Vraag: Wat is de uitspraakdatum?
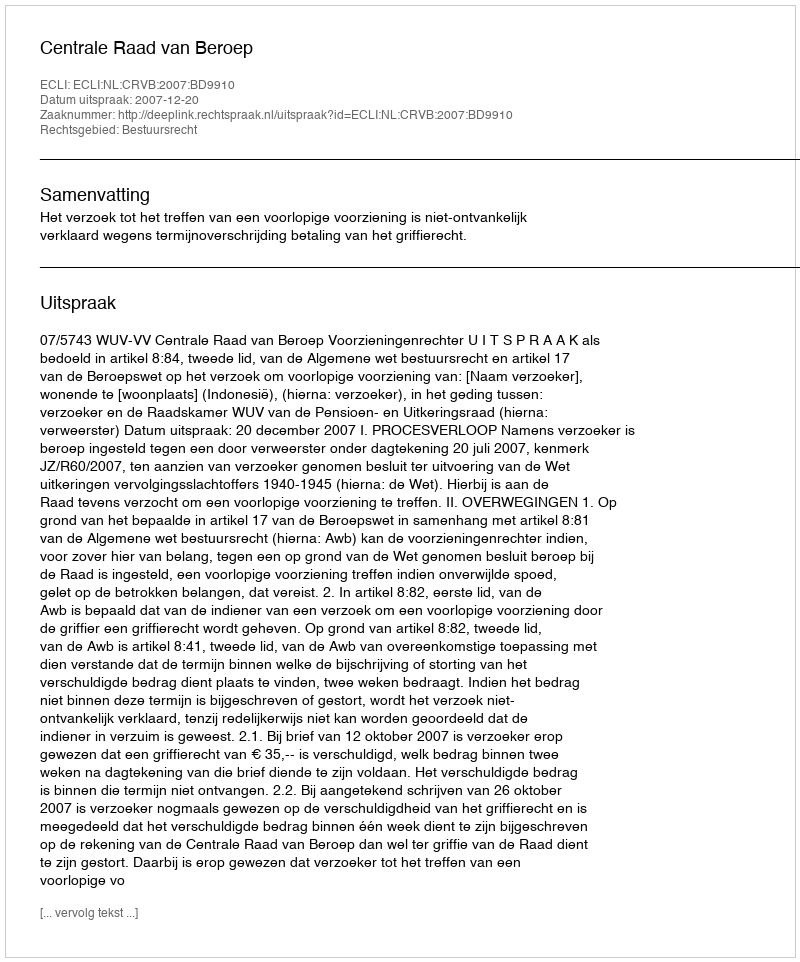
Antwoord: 2007-12-20